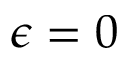
\epsilon = 0